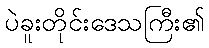
ပဲခူးတိုင်းဒေသကြီး၏